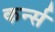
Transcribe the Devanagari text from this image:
कर्न्‍स